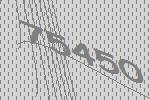
75450